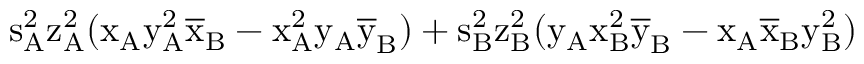
\mathrm { s _ { A } ^ { 2 } \mathrm { z _ { A } ^ { 2 } ( \mathrm { x _ { A } \mathrm { y _ { A } ^ { 2 } \mathrm { \overline { { x } } _ { B } - \mathrm { x _ { A } ^ { 2 } \mathrm { y _ { A } \mathrm { \overline { { y } } _ { B } ) + \mathrm { s _ { B } ^ { 2 } \mathrm { z _ { B } ^ { 2 } ( \mathrm { y _ { A } \mathrm { x _ { B } ^ { 2 } \mathrm { \overline { { y } } _ { B } - \mathrm { x _ { A } \mathrm { \overline { { x } } _ { B } \mathrm { y _ { B } ^ { 2 } ) } } } } } } } } } } } } } } } }